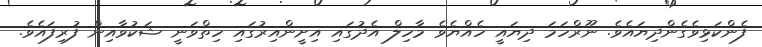
ފެންކަޅިވެގެންދިޔައެވެ. ނޫރްހަމަ ދިޔައީ ހެއްޔެވެ މާހިލް އެދުގައި އިށީންއިރުގައި ހިތްވަނީ ޝަކުވާއިން ފުރިފައެވެ.